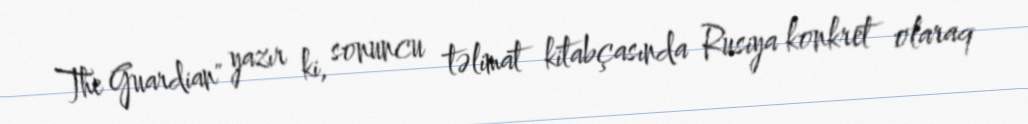
The Guardian" yazır ki, sonuncu təlimat kitabçasında Rusiya konkret olaraq